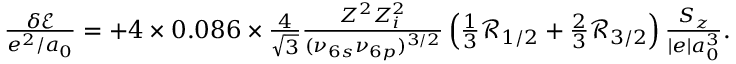
\begin{array} { r } { \frac { \delta { \ensuremath { \mathcal E } } } { e ^ { 2 } / a _ { 0 } } = + 4 \times 0 . 0 8 6 \times \frac { 4 } { \sqrt { 3 } } \frac { Z ^ { 2 } Z _ { i } ^ { 2 } } { ( \nu _ { 6 s } \nu _ { 6 p } ) ^ { 3 / 2 } } \left( \frac { 1 } { 3 } { \ensuremath { \mathcal R } } _ { 1 / 2 } + \frac { 2 } { 3 } { \ensuremath { \mathcal R } } _ { 3 / 2 } \right) \frac { S _ { z } } { | e | a _ { 0 } ^ { 3 } } . } \end{array}